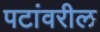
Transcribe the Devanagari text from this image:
पटांवरील